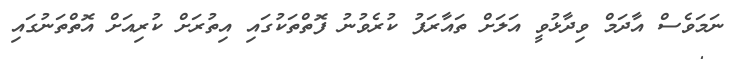
ނަމަވެސް އާދަމް ވިދާޅުވީ އަލަށް ތައާރަފު ކުރެވުނު ފޮތްތަކުގައި އިތުރަށް ކުރިއަށް އޮތްތަނުގައި